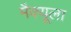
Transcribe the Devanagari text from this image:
मैक्‍यूला